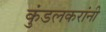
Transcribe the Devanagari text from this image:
कुंडलकरांनी